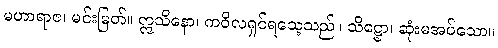
မဟာရာဇ၊ မင်းမြတ်။ ဣသိနော၊ ကဝိလရှင်ရသေ့သည်။ သိဋ္ဌော၊ ဆုံးမအပ်သော။